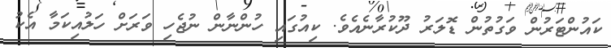
ކައުންޓަރުން ވަގުތުން ޑޮލަރު ދޫކުރާނެއެވެ. ކިއުގައި ހުންނާން ނުޖެހި ވަރަށް ހަލުއިކަމާ އެކު